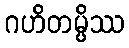
ဂဟိတမ္ပိဿ